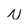
Character: N